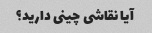
آیا نقاشی چینی دارید؟